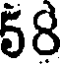
58